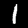
Label: 1